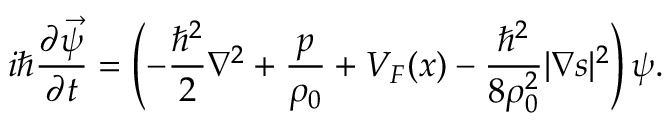
\boldsymbol { i } \hbar \frac { \partial \vec { \psi } } { \partial t } = \left( - \frac { { \hbar } ^ { 2 } } { 2 } \nabla ^ { 2 } + \frac { p } { \rho _ { 0 } } + V _ { F } ( \boldsymbol { x } ) - \frac { { \hbar } ^ { 2 } } { 8 \rho _ { 0 } ^ { 2 } } | \boldsymbol { \nabla } \boldsymbol { s } | ^ { 2 } \right) \boldsymbol { \psi } .